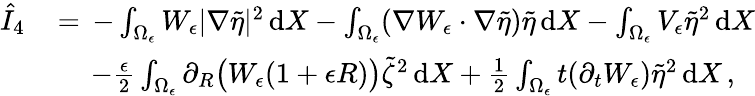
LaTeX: \begin{array}{rl}{\hat{I}_{4}\, }&{=\, -\int_{\Omega_{\epsilon}}W_{\epsilon}|\nabla\tilde{\eta}|^{2}\, \mathrm{d}X-\int_{\Omega_{\epsilon}}(\nabla W_{\epsilon}\cdot\nabla\tilde{\eta})\tilde{\eta}\, \mathrm{d}X-\int_{\Omega_{\epsilon}}V_{\epsilon}\tilde{\eta}^{2}\, \mathrm{d}X}\\ &{\quad\, -\frac{\epsilon}{2}\int_{\Omega_{\epsilon}}\partial_{R}\bigl(W_{\epsilon}(1+\epsilon R)\bigr)\tilde{\zeta}^{2}\, \mathrm{d}X+\frac 12\int_{\Omega_{\epsilon}}t(\partial_{t}W_{\epsilon})\tilde{\eta}^{2}\, \mathrm{d}X\, ,}\end{array}